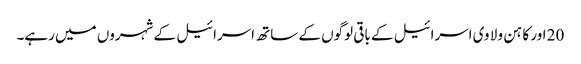
20 اور کا ہن و لا وی اسرائیل کے باقی لوگوں کے ساتھ اسرائیل کے شہروں میں رہے۔